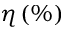
\eta \, ( \% )